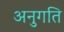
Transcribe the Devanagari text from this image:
अनुगति